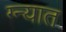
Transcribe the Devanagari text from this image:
ग्न्यात